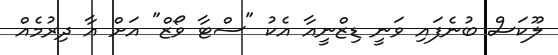
ލޫކަސް ބުނެފައި ވަނީ ޑިޒްނީއާ އެކު "ސްޓާ ވޯޒް" އަށް އާ ދިރުމެއް